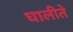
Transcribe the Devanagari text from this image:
घालीते